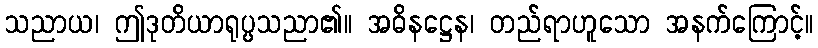
သညာယ၊ ဤဒုတိယာရုပ္ပသညာ၏။ အဓိနဋ္ဌေန၊ တည်ရာဟူသော အနက်ကြောင့်။